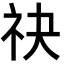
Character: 𬒮